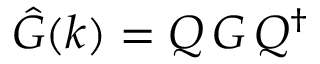
\hat { G } ( k ) = Q \, G \, Q ^ { \dagger }